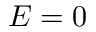
E = 0